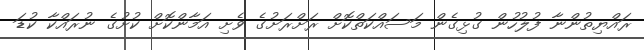
ރައްޔިތުންނާ ފުލުހުން ގުޅިގެން މަސައްކަތްކޮށް ރަށްރަށުގެ ވެށި އަމާންކޮށް ކުށުގެ ނުރައްކާ ކުޑަ